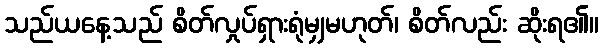
သည်ယနေ့သည် စိတ်လှုပ်ရှားရုံမျှမဟုတ်၊ စိတ်လည်း ဆိုးရ၏။